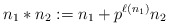
\begin{align*}n_1 * n_2 := n_1 + p^{\ell(n_1)} n_2 \end{align*}